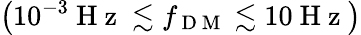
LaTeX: \left(10^{-3}\mathrm{~H~z~}\lesssim f_{\mathrm{~D~M~}}\lesssim 10\mathrm{~H~z~}\right)